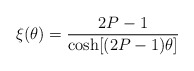
\begin{align*}\xi(\theta)=\frac{2P-1}{\cosh[(2P-1)\theta]}\end{align*}